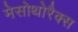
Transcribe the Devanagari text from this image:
मेसोथोरैक्स